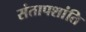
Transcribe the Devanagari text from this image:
संतापशांति